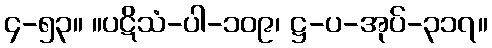
၄-၅၃။ ။ပဋိသံ-ပါ-၁၀၉၊ ဋ္ဌ-ပ-အုပ်-၃၁၇။